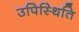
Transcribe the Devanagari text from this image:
उपिस्थिति